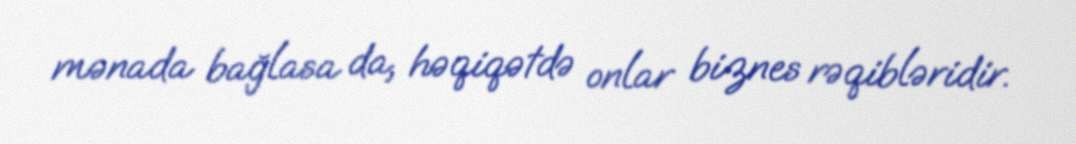
mənada bağlasa da, həqiqətdə onlar biznes rəqibləridir.